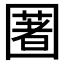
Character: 𡈥